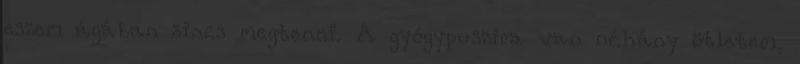
eszem ágában sincs megtenni. A gyógypuszira van néhány ötletem,